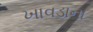
ખાવડાના